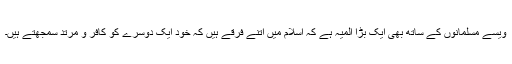
ویسے مسلمانوں کے ساتھ بھی ایک بڑا المیہ ہے کہ اسلام میں اتنے فرقے ہیں کہ خود ایک دوسرے کو کافر و مرتد سمجھتے ہیں۔